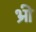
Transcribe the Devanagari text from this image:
भ्री